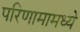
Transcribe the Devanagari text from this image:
परिणामामध्ये